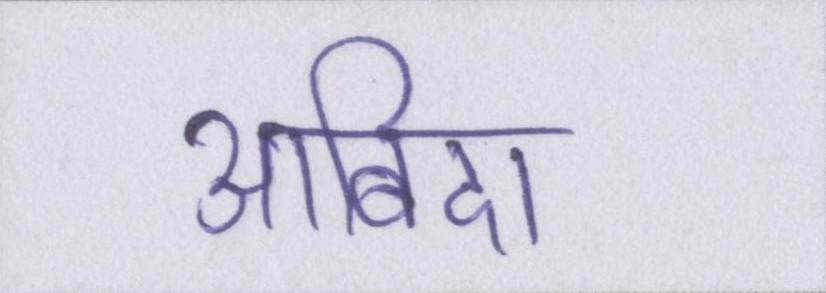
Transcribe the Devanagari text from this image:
आबिदा